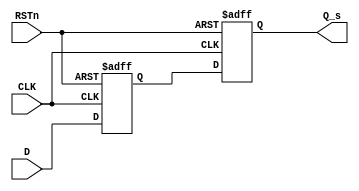
module master_slave_ff_synchronizer (
    input wire D,            // Data input
    input wire CLK,          // Clock input
    input wire RSTn,         // Active low asynchronous reset
    output reg Q_s          // Synchronized output
);

    reg Q_m;                // Output of the master flip-flop

    // Master Flip-Flop: Triggered on the rising edge of CLK
    always @(posedge CLK or negedge RSTn) begin
        if (!RSTn) begin
            Q_m <= 1'b0;   // Reset master flip-flop
        end else begin
            Q_m <= D;      // Capture input data D
        end
    end

    // Slave Flip-Flop: Triggered on the falling edge of CLK
    always @(negedge CLK or negedge RSTn) begin
        if (!RSTn) begin
            Q_s <= 1'b0;   // Reset slave flip-flop
        end else begin
            Q_s <= Q_m;    // Capture output from master flip-flop
        end
    end

endmodule